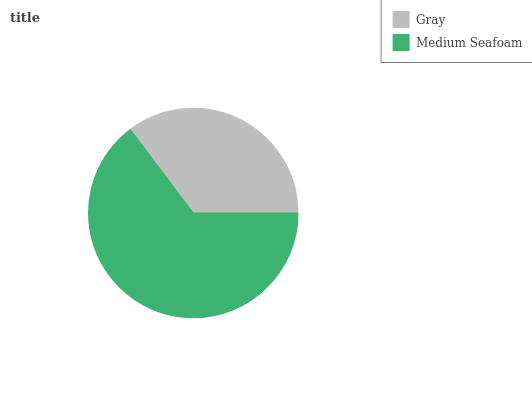
| Gray | Medium Seafoam |
 | --- | --- |
 | 35.3% | 64.7% |